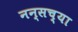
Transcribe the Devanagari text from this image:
नन्सच्या